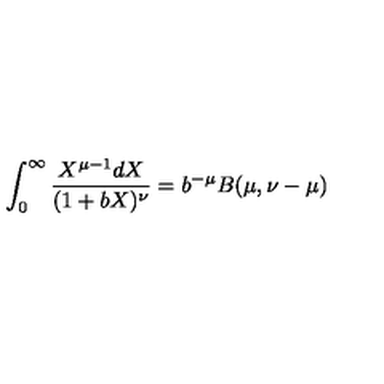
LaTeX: \int _ { 0 } ^ { \infty } { \frac { X ^ { \mu - 1 } d X } { ( 1 + b X ) ^ { \nu } } } = b ^ { - \mu } B ( \mu , \nu - \mu )